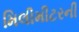
મિલીમીટરની